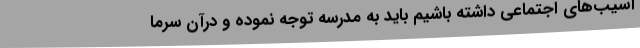
آسیب‌های اجتماعی داشته باشیم باید به مدرسه توجه نموده و درآن سرما